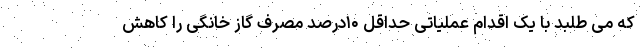
که می طلبد با یک اقدام عملیاتی حداقل ۱۰درصد مصرف گاز خانگی را کاهش